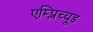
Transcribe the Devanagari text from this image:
एम्प्लिच्यूड